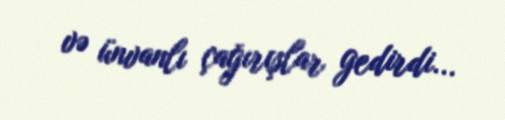
və ünvanlı çağırışlar gedirdi...